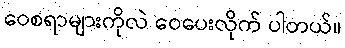
ဝေစရာများကိုလဲ ဝေပေးလိုက် ပါတယ်။